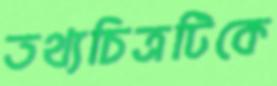
তথ্যচিত্রটিকে